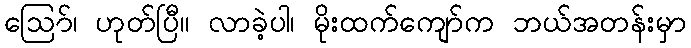
ဪ၊ ဟုတ်ပြီ။ လာခဲ့ပါ၊ မိုးထက်ကျော်က ဘယ်အတန်းမှာ